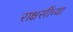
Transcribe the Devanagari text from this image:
राक्षसींच्या